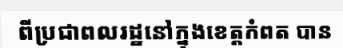
ពីប្រជាពលរដ្ឋនៅក្នុងខេត្តកំពត បាន